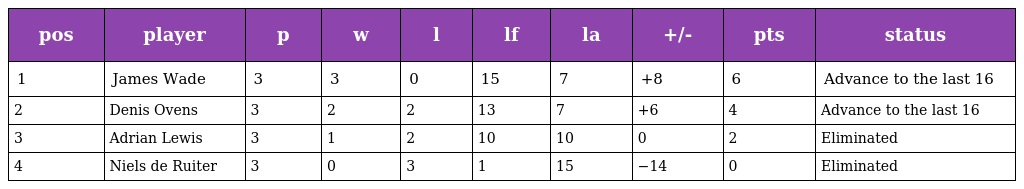
| pos | player | p | w | l | lf | la | +/- | pts | status |
 | --- | --- | --- | --- | --- | --- | --- | --- | --- | --- |
 | 1 | James Wade | 3 | 3 | 0 | 15 | 7 | +8 | 6 | Advance to the last 16 |
 | 2 | Denis Ovens | 3 | 2 | 2 | 13 | 7 | +6 | 4 | Advance to the last 16 |
 | 3 | Adrian Lewis | 3 | 1 | 2 | 10 | 10 | 0 | 2 | Eliminated |
 | 4 | Niels de Ruiter | 3 | 0 | 3 | 1 | 15 | −14 | 0 | Eliminated |